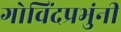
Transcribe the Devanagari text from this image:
गोविंदप्रभुंनी